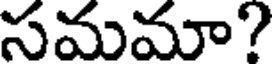
సమమా?